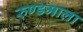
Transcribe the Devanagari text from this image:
रुण्डमाला